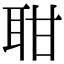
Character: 𦕐